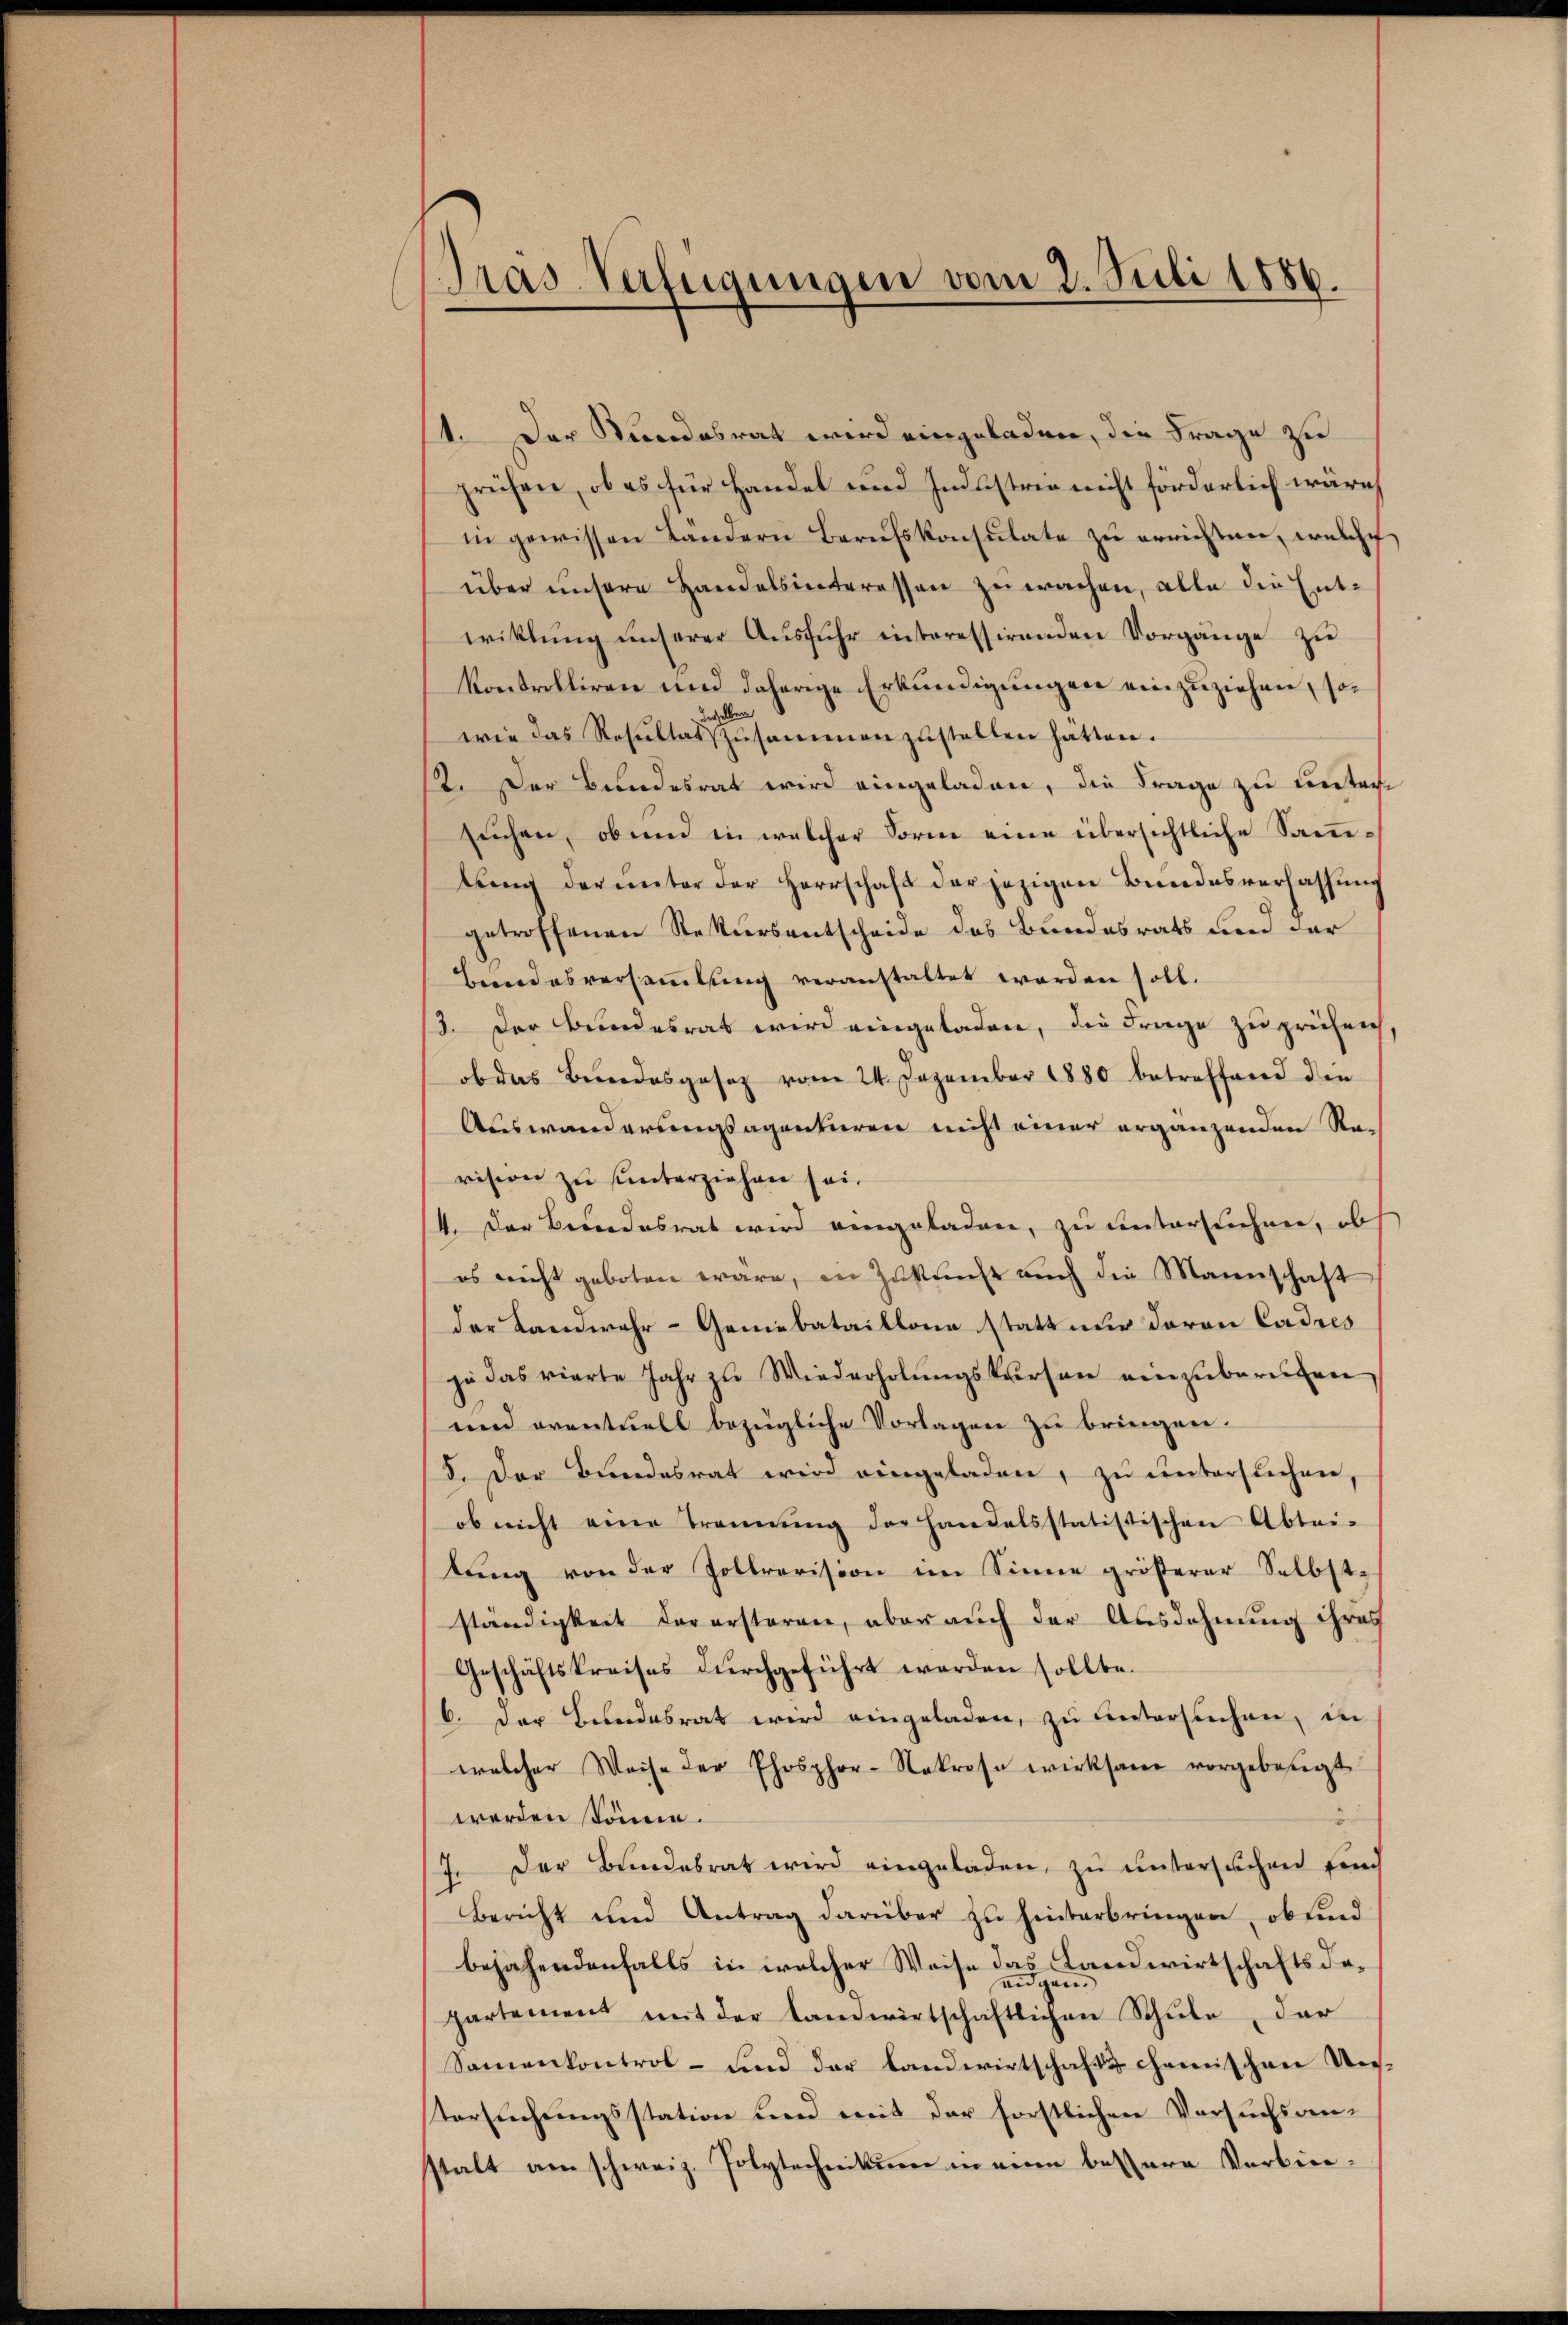
Pras-Verfügungen vom 2. Juli 1886.

1. Der Kundesrat wird eingeladen, die Frage zu
prüfen, ob es für Handel und Industrie nicht förderlich wäre,
in gewissen Ländern Berufskonsulate zŭ errichten, welche
über unsere Handelsinteressen zu wachen, alle die Entwitlung unserer Ausfuhr interessirenden Vorgange zu
kontrolliren und daherige Erkundigungen einzuziehen, sowie das Resultat gesammen zustellen hätten.
12. Der Bundesrat wird eingeladen, die Frage zu untersuchen, ob und in welcher Form eine übersichtliche Sammlŭng der unter der Herrschaft der jezigen Bŭndesverfassŭng
getroffenen Rekursentscheide des Bundesrats um der
Bundesversammlung veranstaltet worden soll.
3. Der Bundesrat wird eingeladen, die Frage zu prüfen
ob das Bundesgesetz vom 24. Dezember 1880 betreffend die
Auswanderungsagenturen nicht einer ergänzenden Revision zu unterziehen sei.
4. Der Besondesrat wird eingeladen, zu untersuchen, ob
es nicht geboten wäre, in Zukunft aŭch die Mannschaft
der Landwehr- Geniebataillona statt nur davon Cadres
zu das vierte Jahr zu Wiederholŭngskursen einzubereiten
und eventuell bezügliche Vorlagen zu bringen.
5. Der Bundesrat wird eingeladen, zu untersuchen
ob nicht eine Trennung der Handelsstatistischen Abtei-
lŭng von der Zollrevision im Sinne größerer Selbst-
ständigkeit derersteren, aber auch der Ausdehnung ihres
Geschäftskreises durchgeführt werden sollte.
6. Der Bundesrat wird eingeladen, zŭ ŭntersuchen, in
welcher Weise der Phosphor-Nekrose wirksam vorgebeugt
werden könne.
7. Der Bundesrat wird eingeladen, zu untersuchen fürch
Bericht und Antrag darüber zu hinterbringen, ob sind
bejahendenfalls in welcher Weise das Landwirtschaftsdeeidgen.
partement mit der landwirtschaftlichen Schŭle, der
Samenkontrol- und der Landwirtschaft & chemischen Uetersuchungsstation und mit der forstlichen Versuchsanstalt am schweiz. Polytechnikum in eine bessere Verbin¬